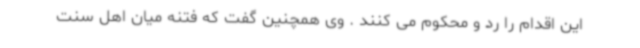
این اقدام را رد و محکوم می کنند . وی همچنین گفت که فتنه میان اهل سنت